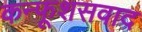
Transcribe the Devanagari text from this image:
कन्फूशसवाद